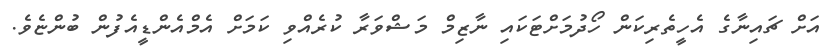
އަށް ޗައިނާގެ އެހީތެރިކަން ހޯދުމަށްޓަކައި ނާޒިމް މަޝްވަރާ ކުރެއްވި ކަމަށް އެމްއެންޑީއެފުން ބުންޏެވެ.